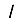
Digit: 1